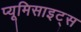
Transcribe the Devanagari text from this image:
प्यूमिसाइट्स